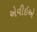
એવીઇએ